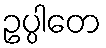
ဥပ္ပါတေ